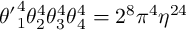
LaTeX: { \theta ^ { \prime } } _ { 1 } ^ { 4 } \theta _ { 2 } ^ { 4 } \theta _ { 3 } ^ { 4 } \theta _ { 4 } ^ { 4 } = 2 ^ { 8 } \pi ^ { 4 } \eta ^ { 2 4 }